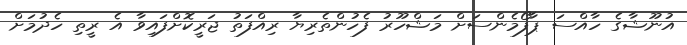
އުނޫޝާގެ ހާއްސަ ޕާފޯމެންސަށް މަޝްހޫރު ފެހުންތެރިޔާ ރިއްފަތު ޖަރީކޮށްފައިވާ އެ ރީތި ހެދުމަށް